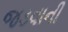
જડવાની